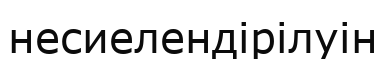
несиелендірілуін